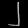
Digit: ၂